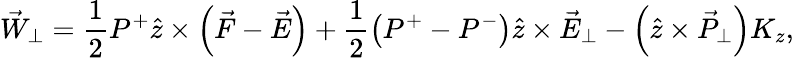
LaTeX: \vec{W}_{\perp}=\frac{1}{2}P^{+}\hat{z}\times\left(\vec{F}-\vec{E}\right)+\frac{1}{2}\left(P^{+}-P^{-}\right)\hat{z}\times\vec{E}_{\perp}-\left(\hat{z}\times\vec{P}_{\perp}\right)K_{z},